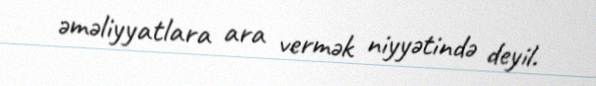
əməliyyatlara ara vermək niyyətində deyil.